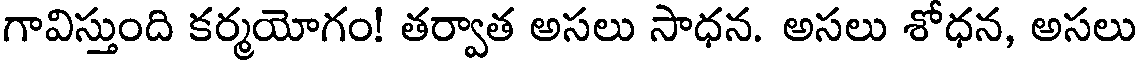
గావిస్తుంది కర్మయోగం! తర్వాత అసలు సాధన. అసలు శోధన, అసలు